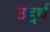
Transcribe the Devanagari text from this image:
उद्दर्थ